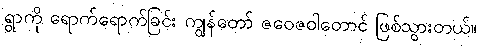
ရွာကို ရောက်ရောက်ခြင်း ကျွန်တော် ဇဝေဇဝါတောင် ဖြစ်သွားတယ်။